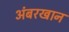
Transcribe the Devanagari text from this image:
अंबरखान